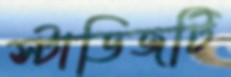
স্টাডিজটি